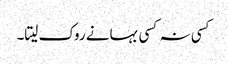
کسی نہ کسی بہانے روک لیتا۔